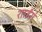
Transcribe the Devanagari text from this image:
शाईंस